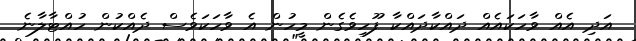
އަދި އެއް ވާހަކައެއް ދައްކާދައްކާ ފޫހިވެގެން މީހުން އެ ވާހަކަވެސް ދެއްކުން ހުއްޓާލާނެ